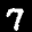
Label: 7